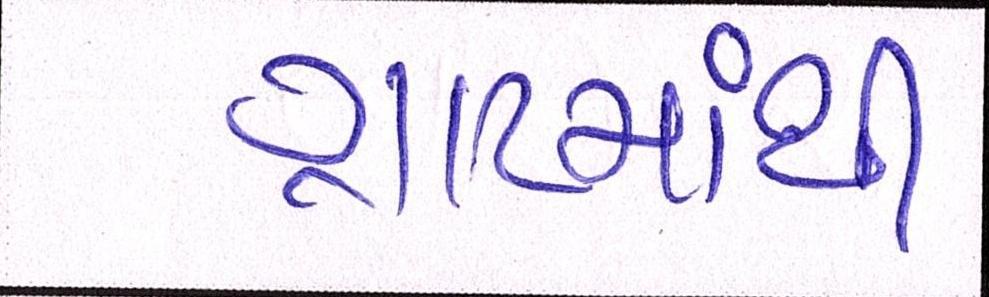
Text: ગ્રાંટમાથી